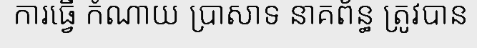
ការធ្វើ កំណាយ ប្រាសាទ នាគព័ន្ធ ត្រូវបាន